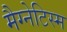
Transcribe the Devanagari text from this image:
मैग्नेटिस्म